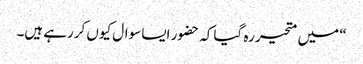
“ میں متحیر رہ گیا کہ حضور ایسا سوال کیوں کررہے ہیں۔